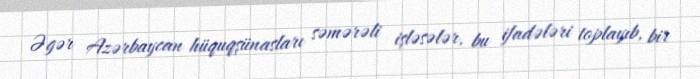
Əgər Azərbaycan hüquqşünasları səmərəli işləsələr, bu ifadələri toplayıb, bir